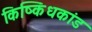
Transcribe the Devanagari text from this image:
किष्किंधकांड